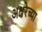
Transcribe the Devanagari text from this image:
अक्षरेच्या